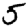
Digit: 5